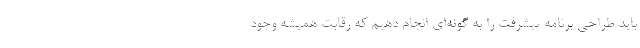
باید طراحی برنامه پیشرفت را به گونه‌ای انجام دهیم که رقابت همیشه وجود